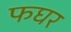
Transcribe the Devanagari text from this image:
फघर